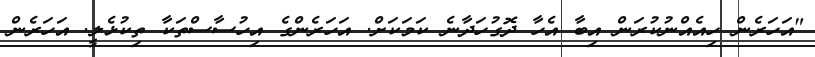
"އަހަރެން ހިއެއްނުކުރަން އިބާ އެހާ ދޮގުހަދާނެ ކަމަކަށް. އަހަރެންގެ އިހުސާސްތަކާ ތިކުޅެލީ. އަހަރެން